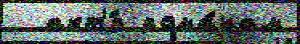
  акт'́р рома́нам